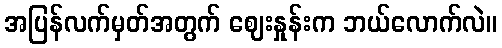
အပြန်လက်မှတ်အတွက် ဈေးနှုန်းက ဘယ်လောက်လဲ။